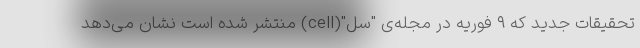
تحقیقات جدید که ۹ فوریه در مجله‌ی "سل"(cell) منتشر شده است نشان می‌دهد